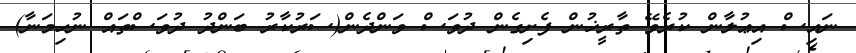
ނައިސް އިޢުލާން ކުރެވޭ ތާރީޚުން ފެށިގެން ދުވަސް ވަންދެން(ސަރުކާރު ބަންދު ދުވަސްތައް ނުހިމަނާ)